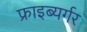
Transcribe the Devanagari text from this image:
फ्राइब्यर्गर